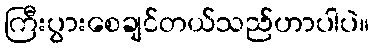
ကြီးပွားစေချင်တယ်သည်ဟာပါပဲ။